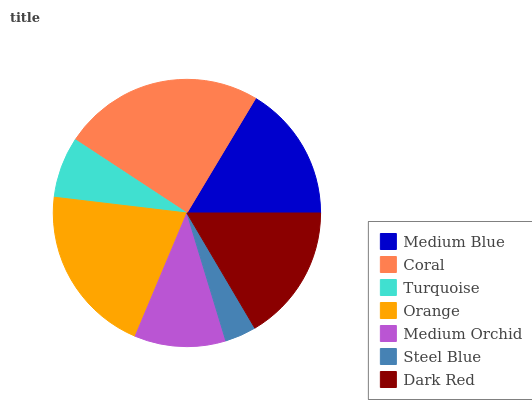
| Medium Blue | Coral | Turquoise | Orange | Medium Orchid | Steel Blue | Dark Red |
 | --- | --- | --- | --- | --- | --- | --- |
 | 16.4% | 24.3% | 7.37% | 20.5% | 11% | 3.79% | 16.5% |